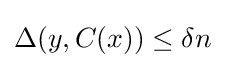
\Delta (y,C(x))\leq \delta n